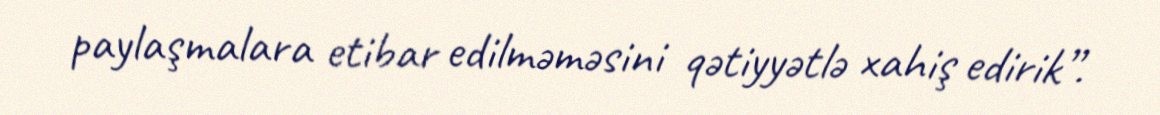
paylaşmalara etibar edilməməsini qətiyyətlə xahiş edirik”.